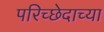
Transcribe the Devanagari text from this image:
परिच्छेदाच्या